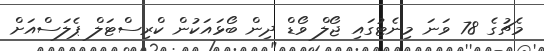
މެޗުގެ 78 ވަނަ މިނެޓުގައި ޖޯލް ވޯޑް ދިން ބޯޅައަކުން ކްރިސްޓަލް ޕެލަސްއަށް